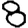
Digit: 8